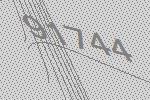
91744